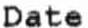
DATE